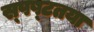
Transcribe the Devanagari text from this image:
स्‍पष्‍टतया